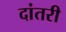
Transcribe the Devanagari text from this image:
दांतरी